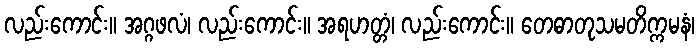
လည်းကောင်း။ အဂ္ဂဖလံ၊ လည်းကောင်း။ အရဟတ္တံ၊ လည်းကောင်း။ တေဓာတုသမတိက္ကမနံ၊